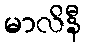
မာလိနီ